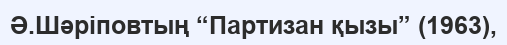
Ә.Шәріповтың “Партизан қызы” (1963),